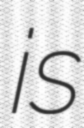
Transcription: is